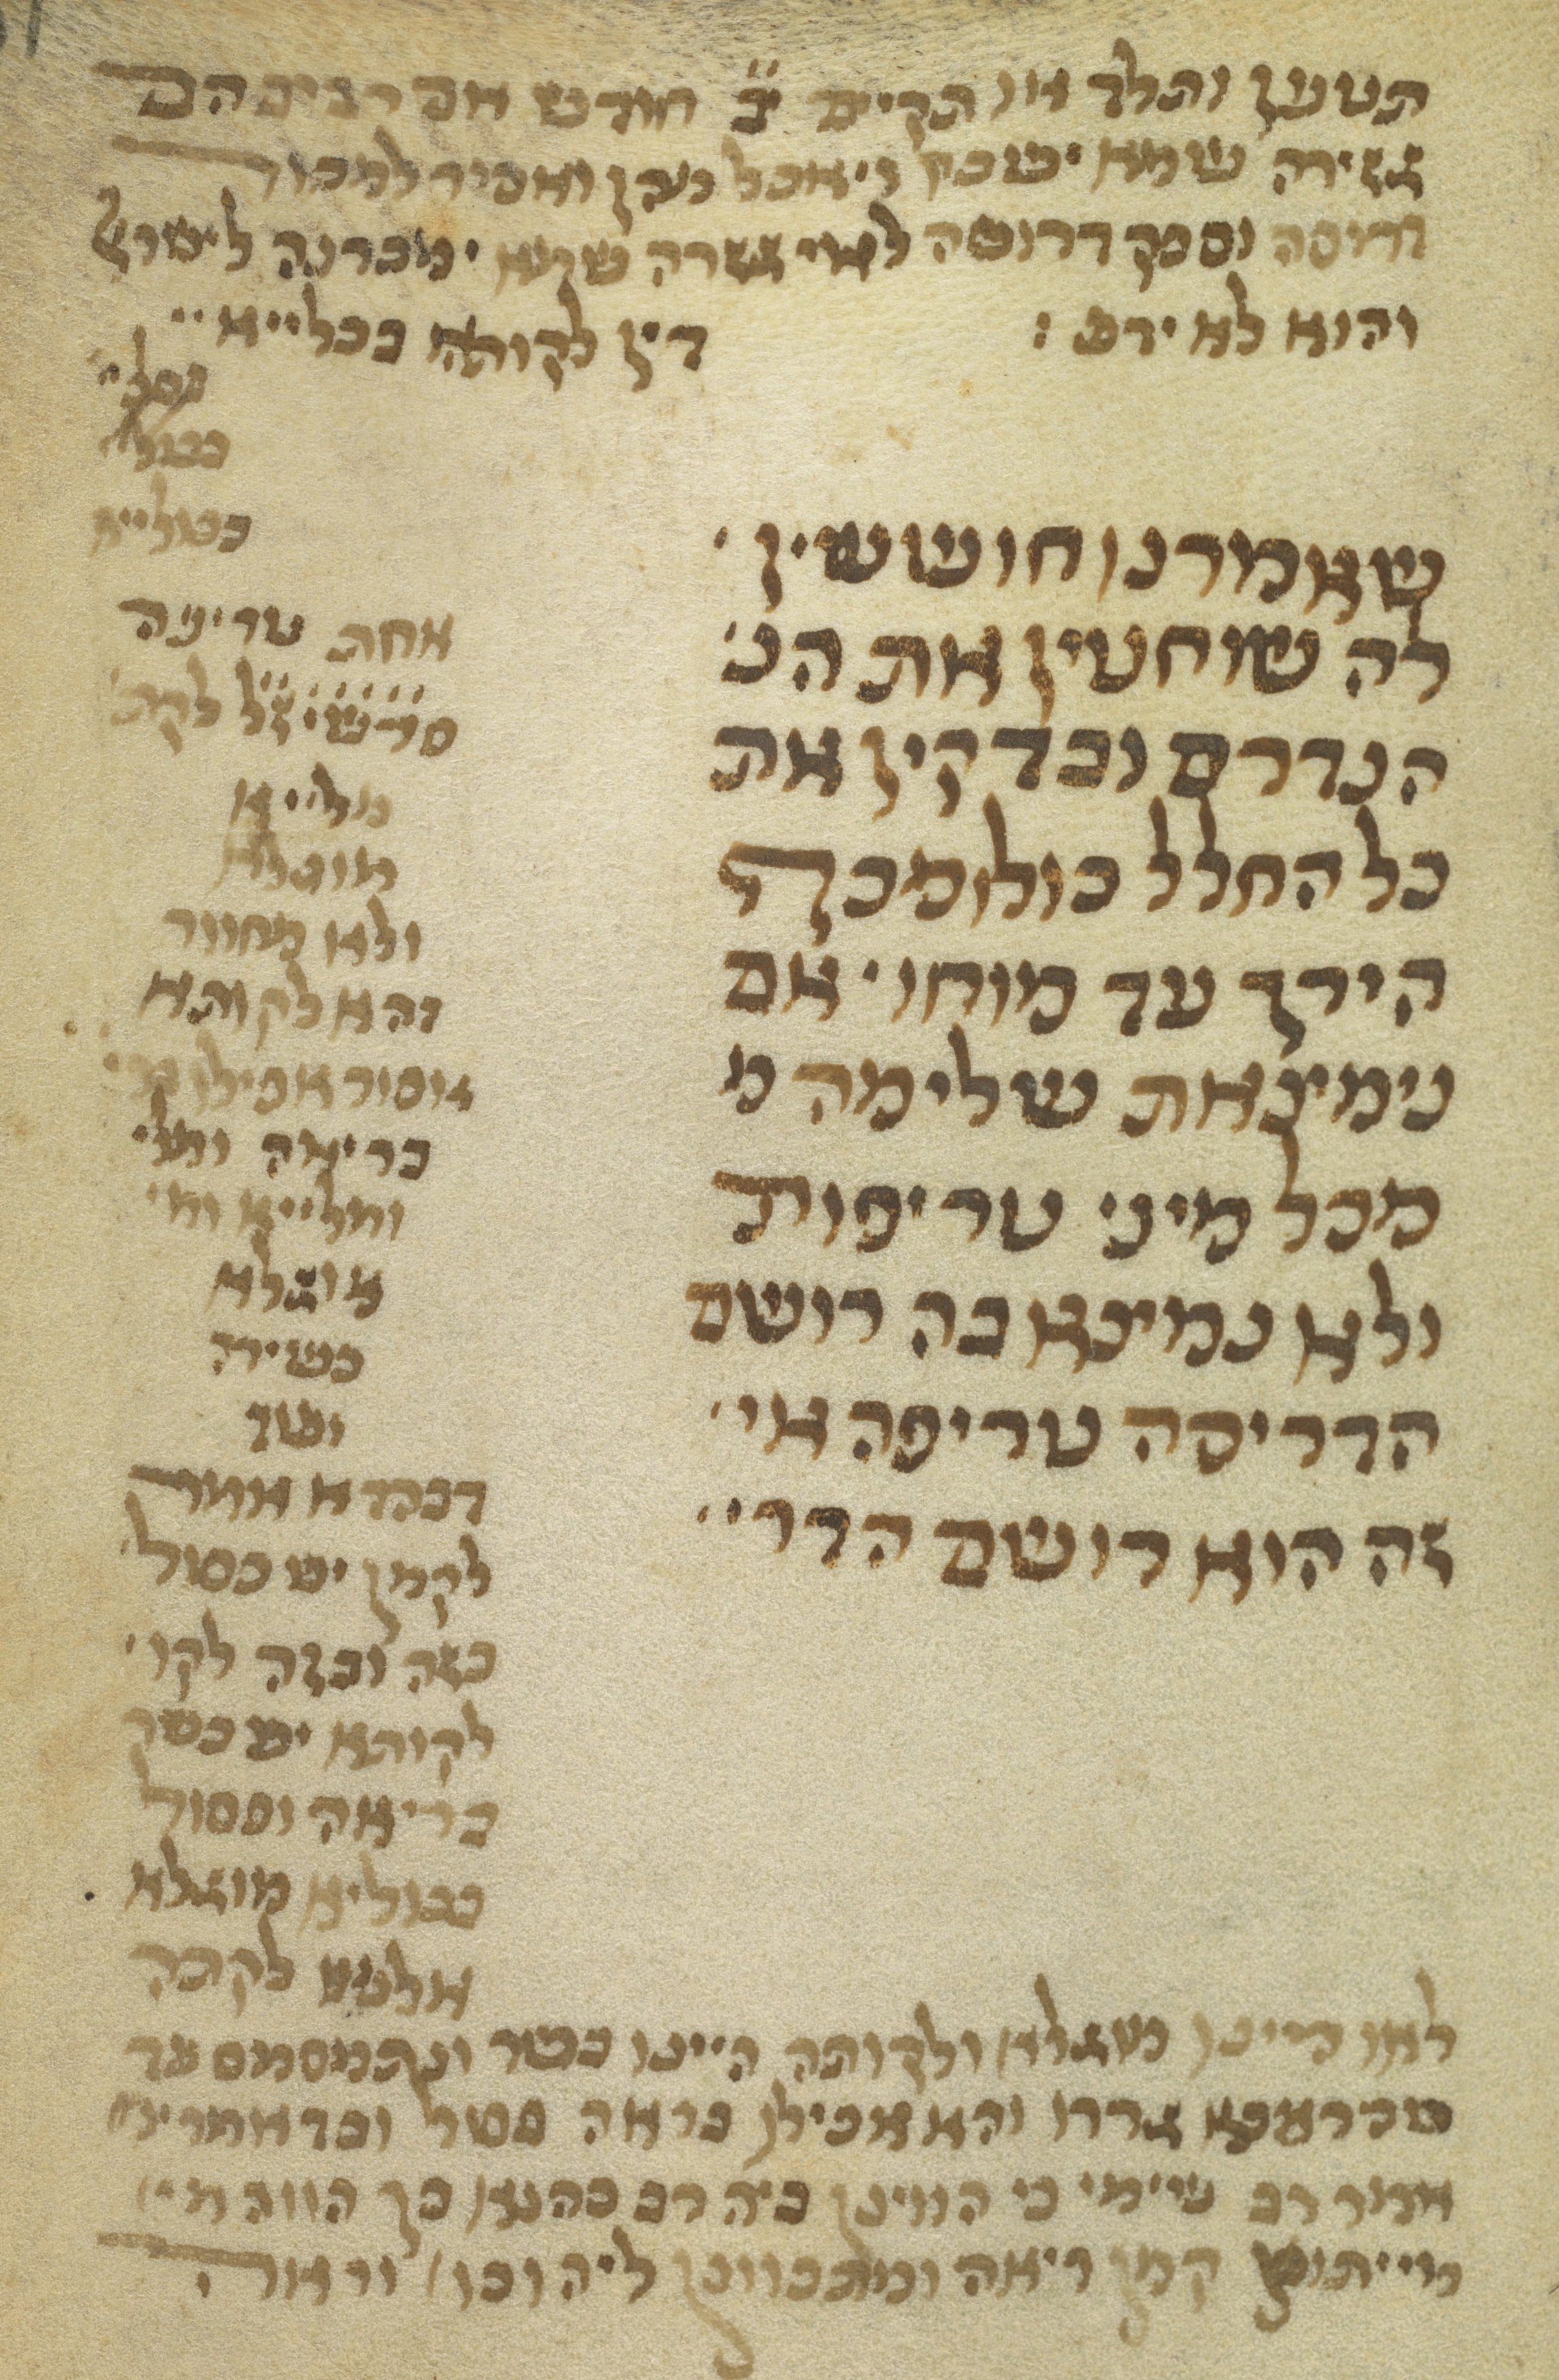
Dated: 1300–1399